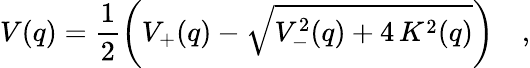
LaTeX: V(q)=\frac{1}{2}\biggl(V_{+}(q)-\sqrt{V_{-}^{2}(q)+4\, K^{2}(q)}\biggr)\quad,